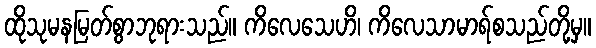
ထိုသုမနမြတ်စွာဘုရားသည်။ ကိလေသေဟိ၊ ကိလေသာမာရ်စသည်တို့မှ။